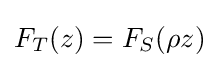
F_{T}(z)=F_{S}(\rho z)